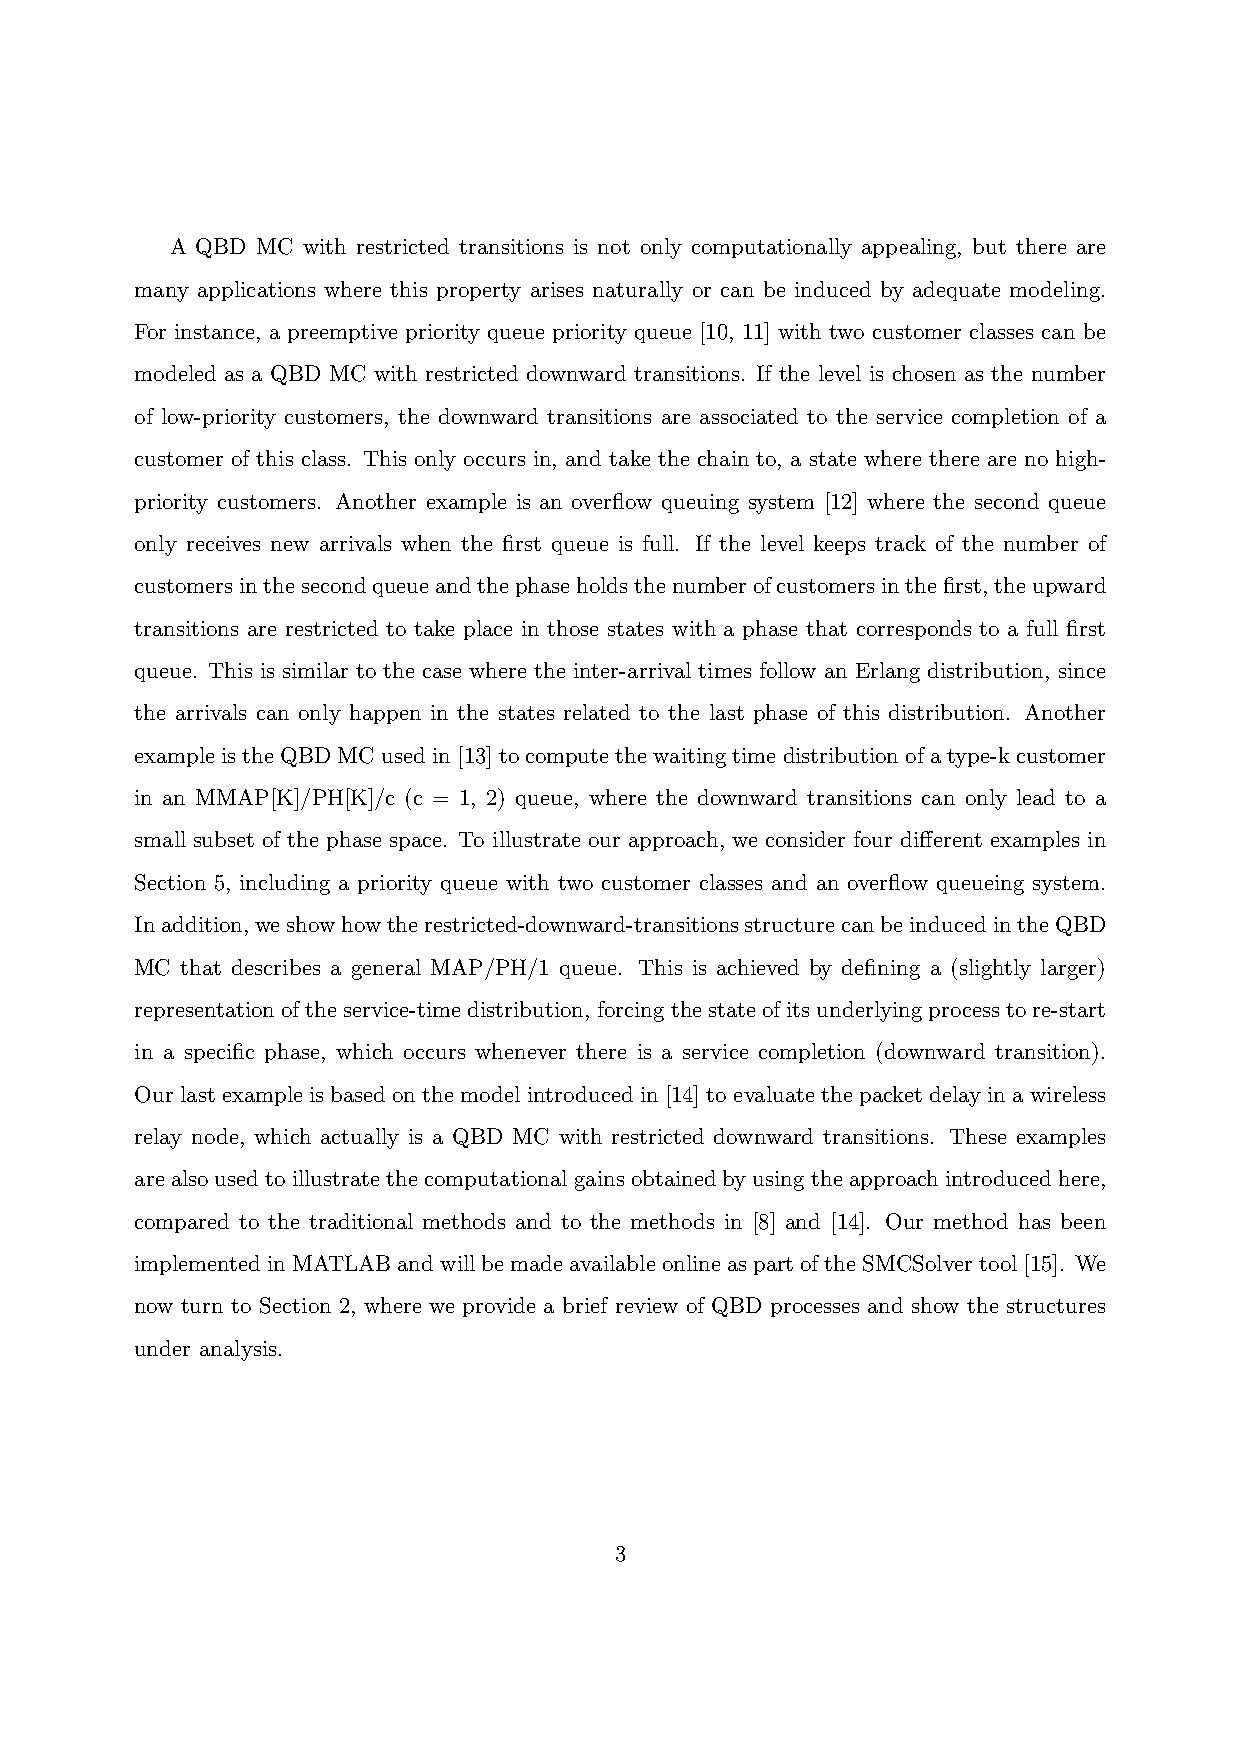
A QBD MC with restricted transitions is not only computationally appealing, but there are
 many applications where this property arises naturally or can be induced by adequate modeling.
 For instance, a preemptive priority queue priority queue [10, 11] with two customer classes can be
 modeled as a QBD MC with restricted downward transitions. If the level is chosen as the number
 of low-priority customers, the downward transitions are associated to the service completion of a
 customer of this class. This only occurs in, and take the chain to, a state where there are no high-
 priority customers. Another example is an overflow queuing system [12] where the second queue
 only receives new arrivals when the first queue is full. If the level keeps track of the number of
 customersinthesecondqueueandthephaseholdsthenumberofcustomersinthefirst,theupward
 transitions are restricted to take place in those states with a phase that corresponds to a full first
 queue. This is similar to the case where the inter-arrival times follow an Erlang distribution, since
 the arrivals can only happen in the states related to the last phase of this distribution. Another
 exampleistheQBDMCusedin[13]tocomputethewaitingtimedistributionofatype-kcustomer
 in an MMAP[K]/PH[K]/c (c = 1, 2) queue, where the downward transitions can only lead to a
 small subset of the phase space. To illustrate our approach, we consider four different examples in
 Section 5, including a priority queue with two customer classes and an overflow queueing system.
 Inaddition,weshowhowtherestricted-downward-transitionsstructurecanbeinducedintheQBD
 MC that describes a general MAP/PH/1 queue. This is achieved by defining a (slightly larger)
 representationoftheservice-timedistribution, forcingthestateofitsunderlyingprocesstore-start
 in a specific phase, which occurs whenever there is a service completion (downward transition).
 Our last example is based on the model introduced in [14] to evaluate the packet delay in a wireless
 relay node, which actually is a QBD MC with restricted downward transitions. These examples
 arealsousedtoillustratethecomputational gainsobtained byusingtheapproachintroducedhere,
 compared to the traditional methods and to the methods in [8] and [14]. Our method has been
 implementedinMATLABandwillbemadeavailableonlineaspartoftheSMCSolvertool[15]. We
 now turn to Section 2, where we provide a brief review of QBD processes and show the structures
 under analysis.
 3